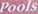
Pools